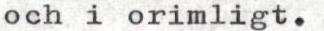
och i orimligt.